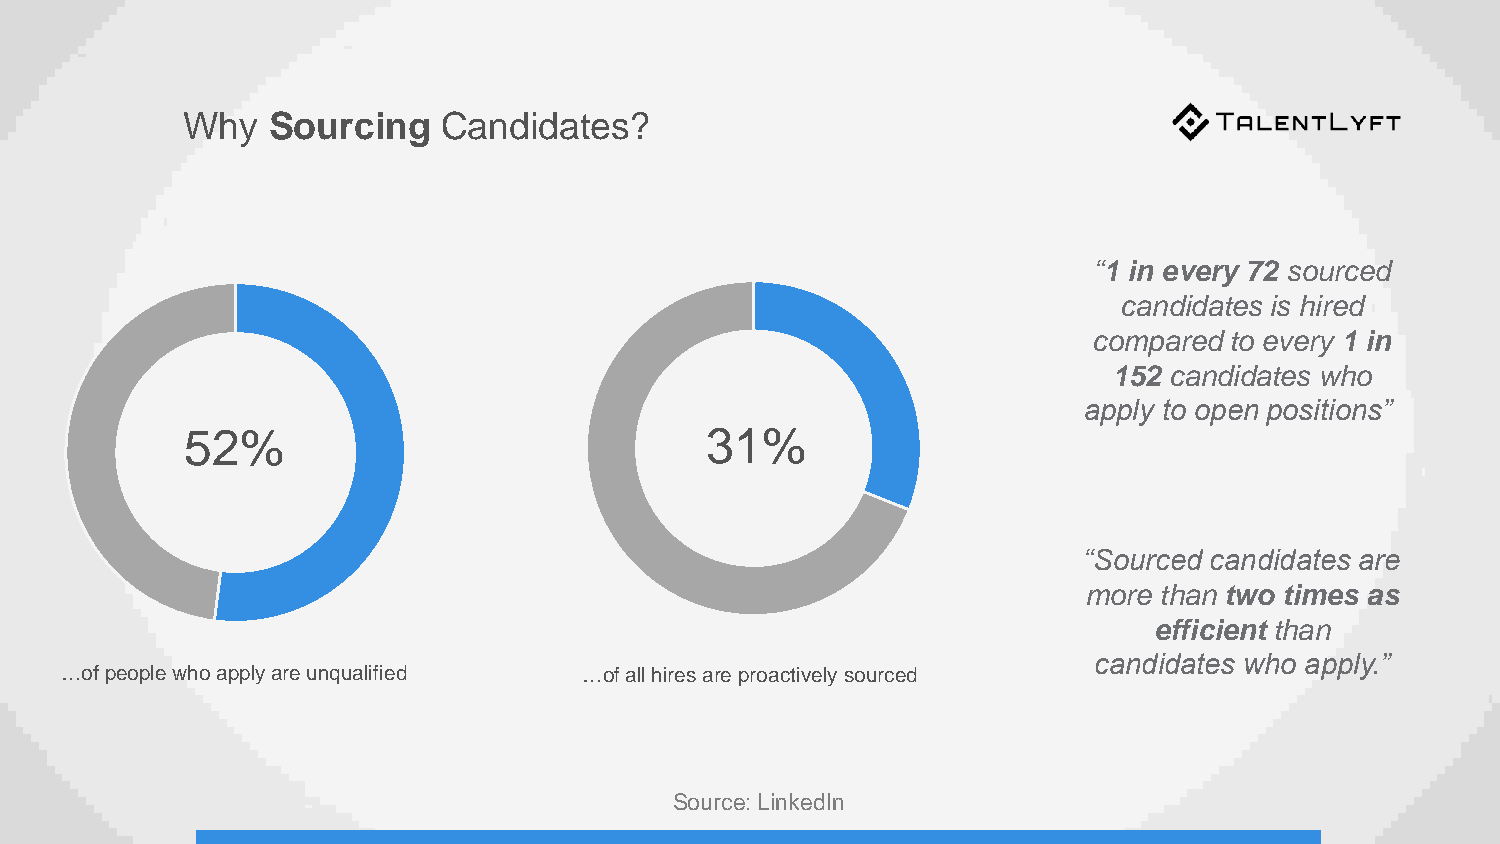
Why   Sourcing   Candidates?
 “1 in every 72 sourced
 candidates is hired
 compared to every 1 in
 152 candidates who
 apply to open positions”
 52%                                31%
 “Sourced candidates are
 more than two times as
 efficient than
 candidates who apply.”
 …of people who apply are unqualified …of all hires are proactively sourced
 Source: LinkedIn